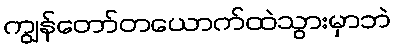
ကျွန်တော်တယောက်ထဲသွားမှာဘဲ